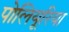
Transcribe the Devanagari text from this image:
पोलियूरिया